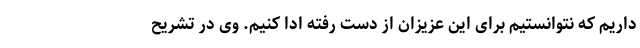
داریم که نتوانستیم برای این عزیزان از دست رفته ادا کنیم. وی در تشریح